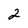
Character: 2